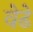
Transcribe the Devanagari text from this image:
वेढे